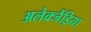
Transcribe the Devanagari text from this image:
अलेक्जैंड्रिया